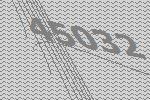
45032